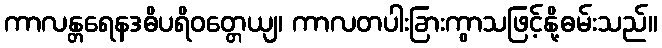
ကာလန္တရေနဒဓိပရိဝတ္တေယျ၊ ကာလတပါးခြားကွာသဖြင့်နို့ဓမ်းသည်။